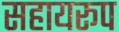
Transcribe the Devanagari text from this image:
सहायरूप